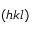
( h k l )